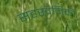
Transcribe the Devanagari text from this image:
सहस्वनिकी